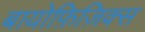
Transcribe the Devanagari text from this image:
बायोफ़िज़िक्स